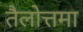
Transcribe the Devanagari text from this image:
तैलोत्तमा